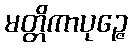
မတ္တိကာပုဉ္ဇေ